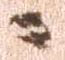
に